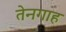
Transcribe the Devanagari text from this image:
तेनगाह